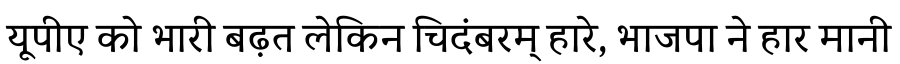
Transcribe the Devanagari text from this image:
यूपीए को भारी बढ़त लेकिन चिदंबरम् हारे, भाजपा ने हार मानी